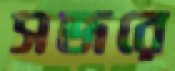
সজরে